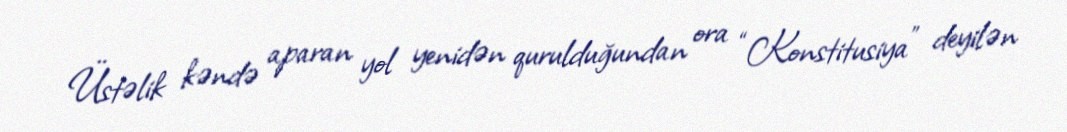
Üstəlik kəndə aparan yol yenidən qurulduğundan ora “Konstitusiya” deyilən